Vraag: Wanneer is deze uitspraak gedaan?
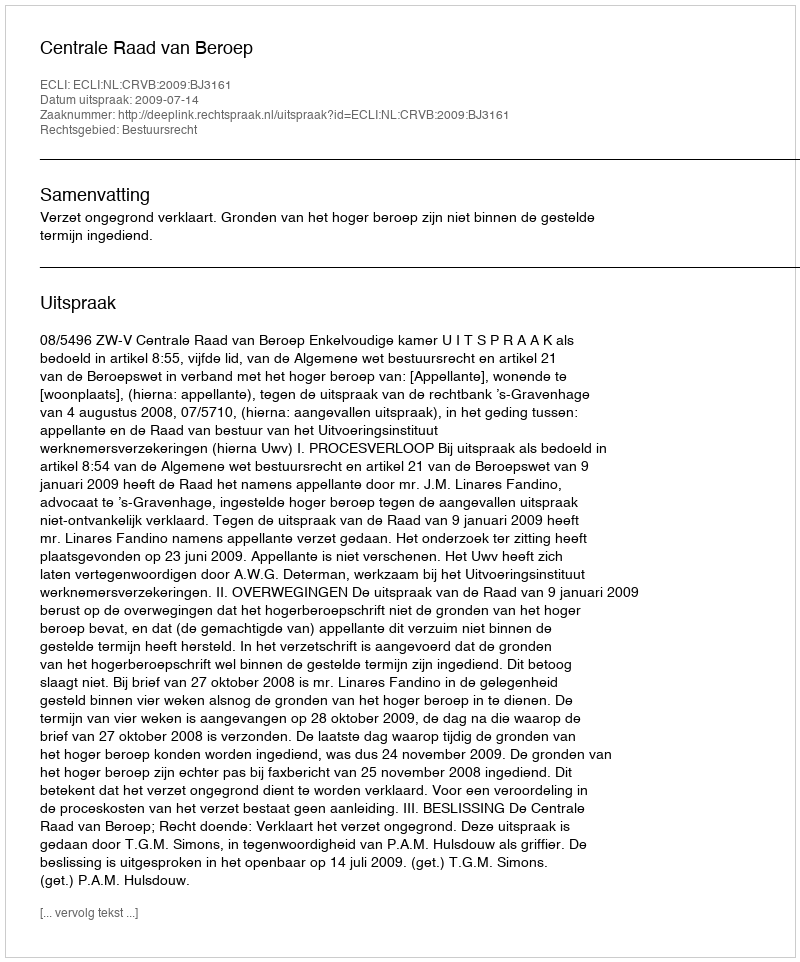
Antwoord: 2009-07-14